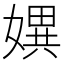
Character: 𡠲